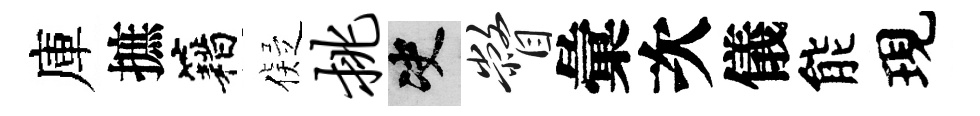
庫摭籍儗挑决瞥彙次儀能現